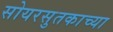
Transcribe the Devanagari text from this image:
सोयरसुतकाच्या